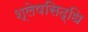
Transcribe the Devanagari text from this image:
श्लेषसिद्धि